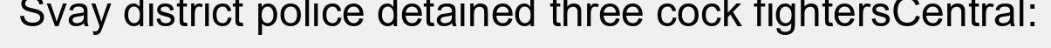
Svay district police detained three cock fightersCentral: